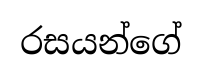
රසයන්ගේ